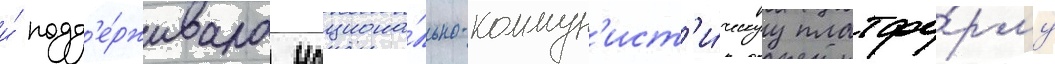
и́ подд'е́рживала национа́льно-коммун'ист'и́ческуу платфо́рму